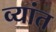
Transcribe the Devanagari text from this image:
व्यांत